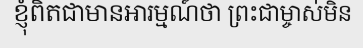
ខ្ញុំពិតជាមានអារម្មណ៍ថា ព្រះជាម្ចាស់មិន